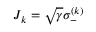
J _ { k } = \sqrt { \gamma } \sigma _ { - } ^ { ( k ) }